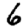
Digit: 6